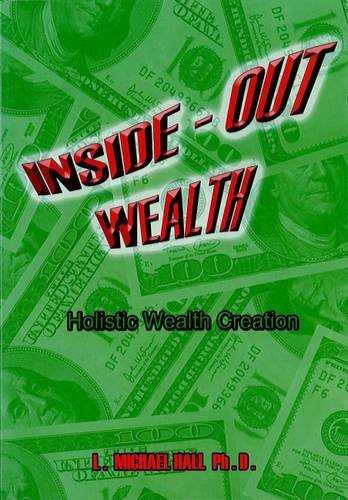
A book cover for Inside-Out Wealth: Holistic Wealth Creation; Michael Hall; Self-Help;